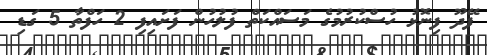
ފޭދޫ ފިނޮޅު ހުސްކުރުމުގެ މަސައްކަތް ފުލުހުން ފަށައިފި 2 ހަފްތާ 5 ގަޑި